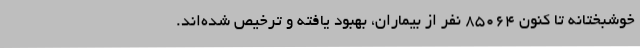
خوشبختانه تا کنون 85064 نفر از بیماران، بهبود یافته و ترخیص شده‌اند.